V__Kingissepa_nim__kolhoos, lk 37
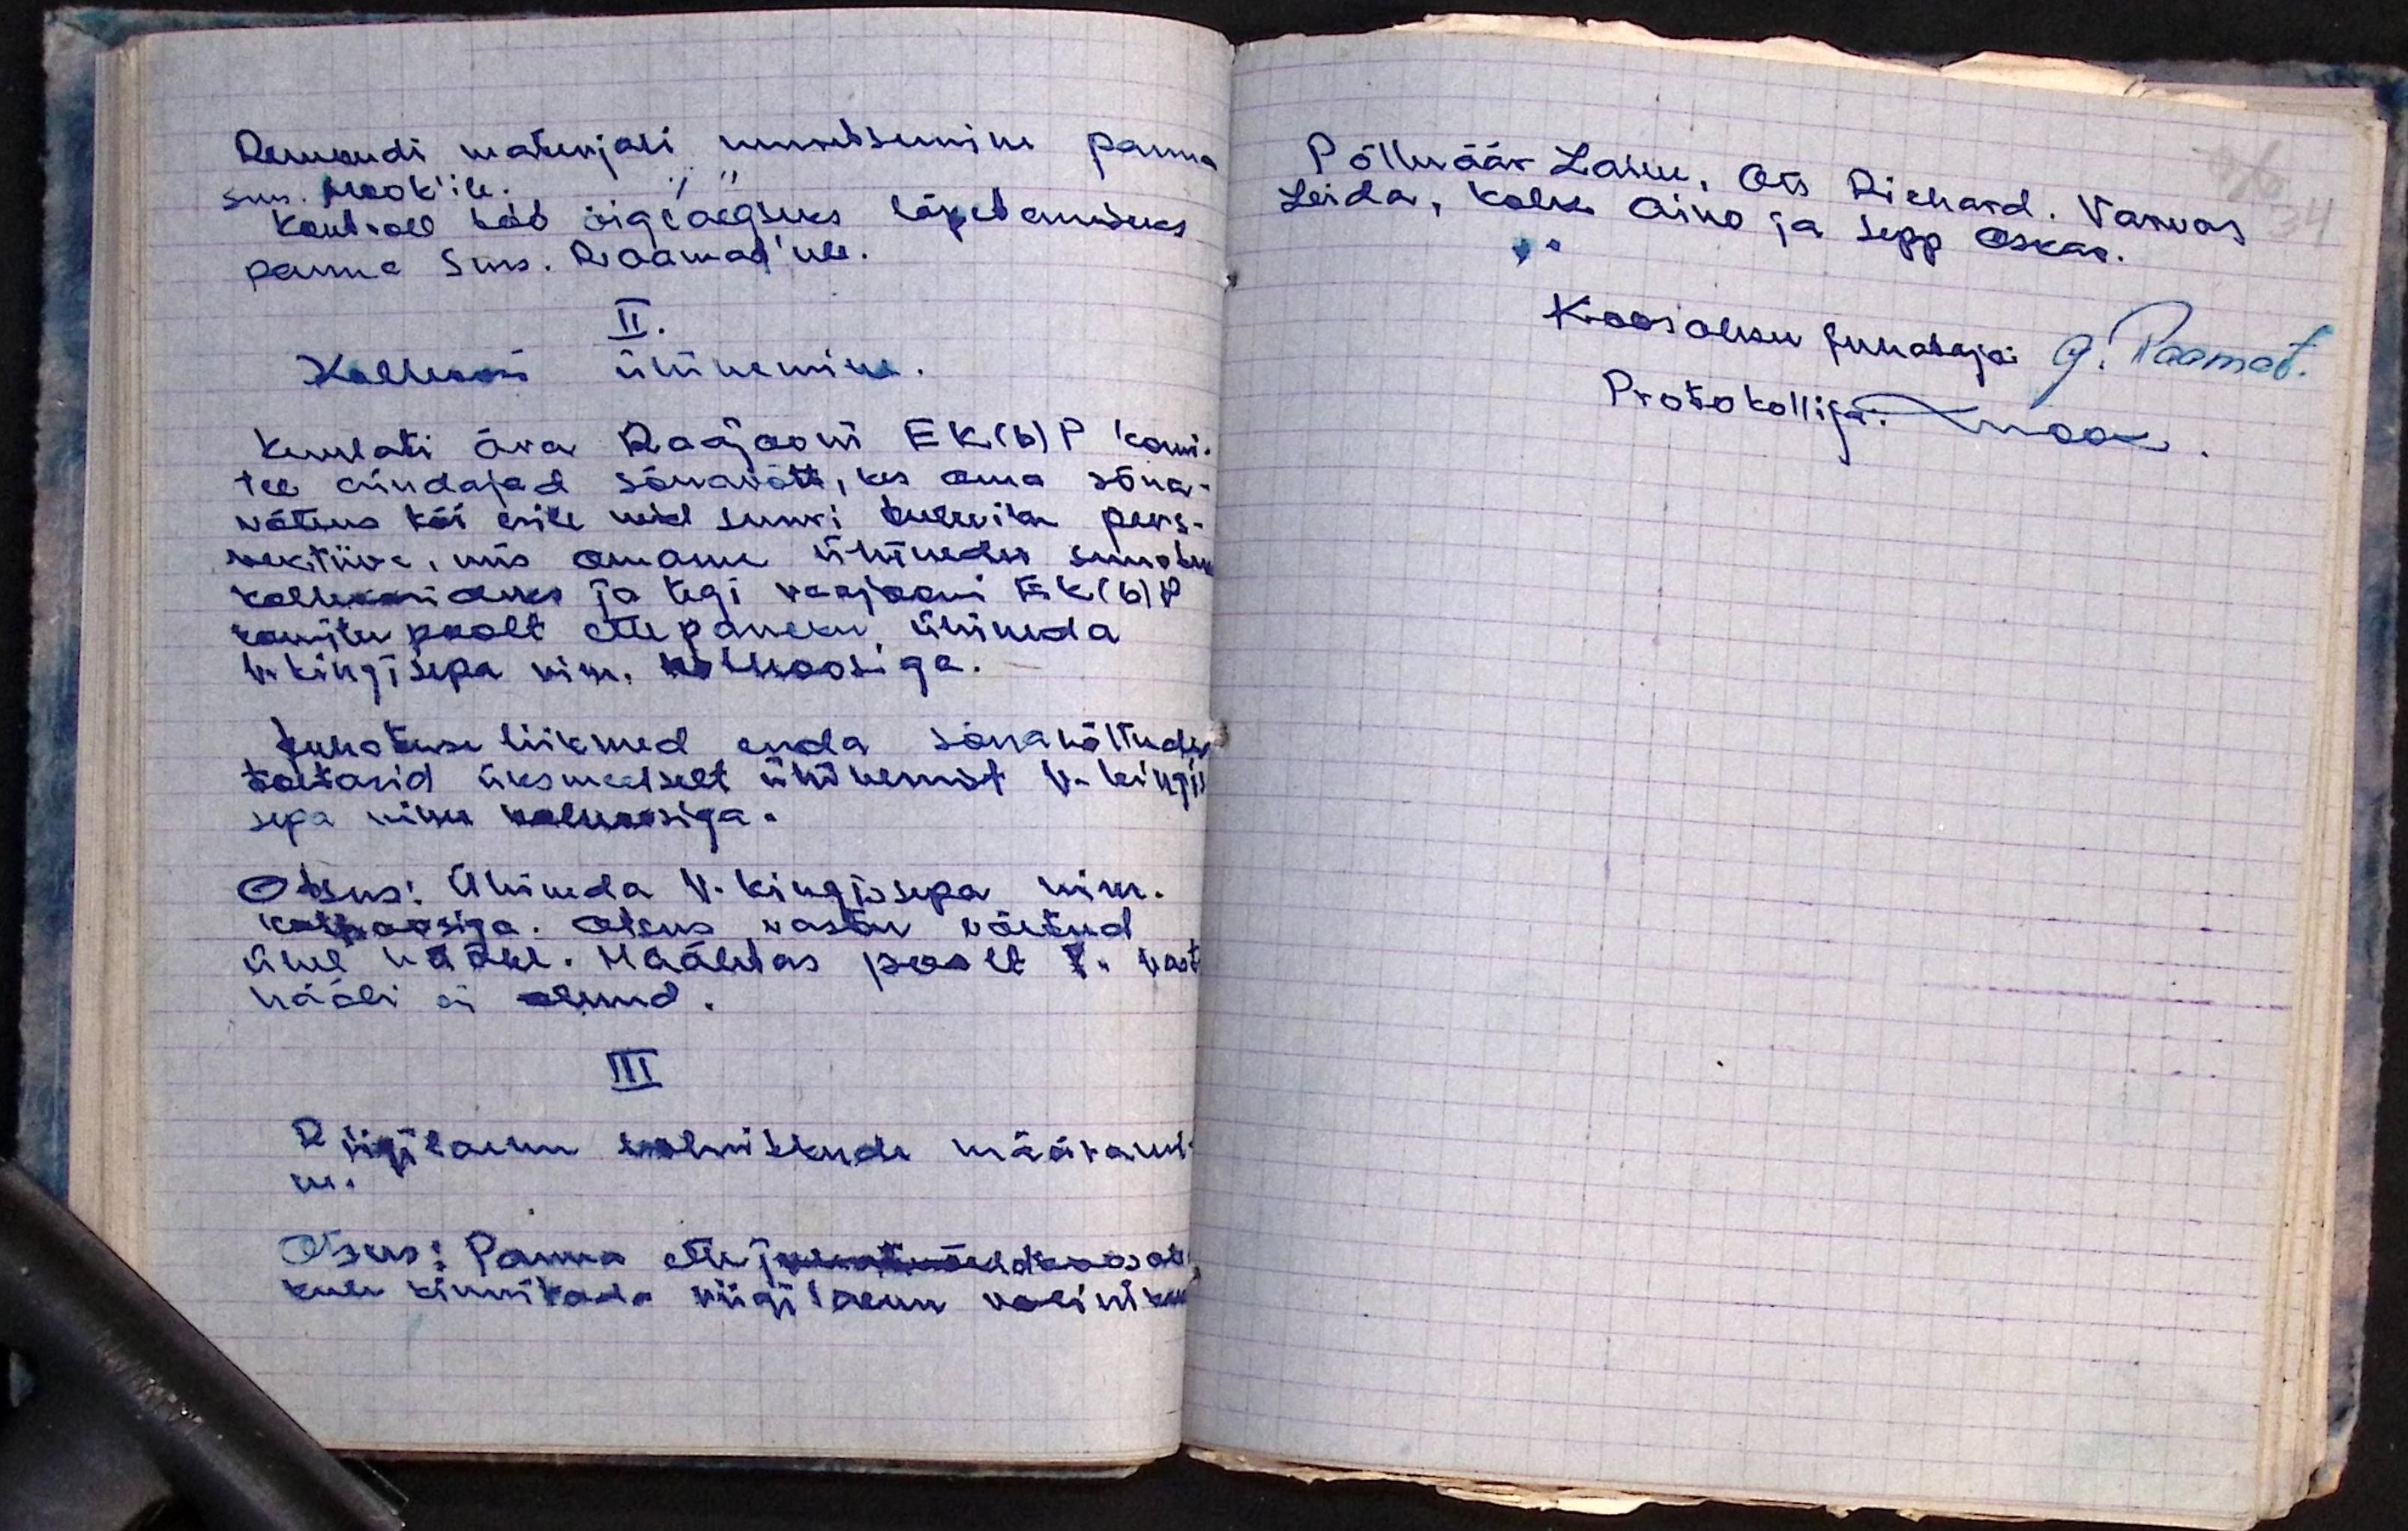
Remondi materjali muretsemine panna
sm. Mook'ile.
Kontroll töö õigeaegseks lõpetamiseks
panna Sm. Raamat'ule.
II.
Kolhoosi ühinemine.
Kuulati ära Raajooni EK(b)P komi-
tee esindajad sõnavõtt, kes oma sõna-
võtus tõi esile rubl suuri tuleviku pers-
vektiive, mis omame ühinedes suudu
kolhoosideks ja tegi raajooni EK(b)P
komitee poolt ettepaneku ühineda
V. Kingisepa nim. kolhoosiga.
Juhatuse liikmed enda sõnavõttudes
toetasid üksmeelselt ühinemist V. Kingis-
sepa nim. kolhoosiga.
Otsus: Ühineda V. Kingissepa nim.
kolhoosiga. Otsus vastu võetud
ühel hääle. Hääletas poolt 7. vastu
hääli ei olnud.
III
Riigilaenu volinikkude määrami-
ne.
Otsus: Panna ette juhatuse üldkoosole-
kule kinnitada riigilaenu voliniku

Põlluväär Laine, Ots Richard. Varvas
Leida, Kolk Aino ja Sepp Oskar.
Koosoleku juhataja: G. Raamat.
Protokollija: Mook